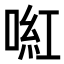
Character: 𠸣